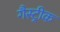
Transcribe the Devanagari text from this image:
गैस्ट्रीक